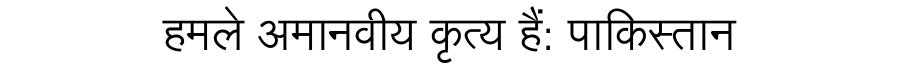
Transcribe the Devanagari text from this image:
हमले अमानवीय कृत्य हैं: पाकिस्तान